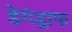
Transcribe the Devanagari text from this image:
डेगंड्राफ